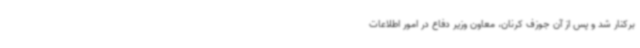
برکنار شد و پس از آن جوزف کرنان، معاون وزیر دفاع در امور اطلاعات